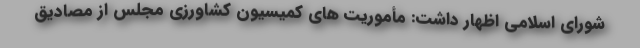
شورای اسلامی اظهار داشت: مأموریت های کمیسیون کشاورزی مجلس از مصادیق